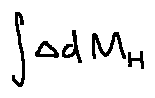
\int \Delta d M _ { H }